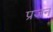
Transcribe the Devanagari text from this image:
प्रजन